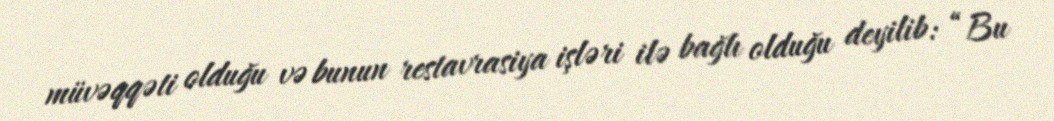
müvəqqəti olduğu və bunun restavrasiya işləri ilə bağlı olduğu deyilib: “Bu